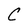
Character: C